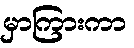
မှာကြားကာ